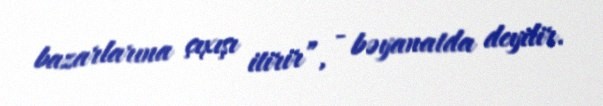
bazarlarına çıxışı itirir”, - bəyanatda deyilir.